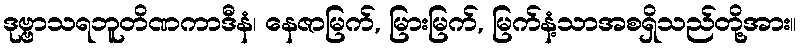
ဒုဗ္ဗာသရဘူတိဏကာဒီနံ၊ နေဇာမြက်, မြားမြက်, မြက်နံ့သာအစရှိသည်တို့အား။